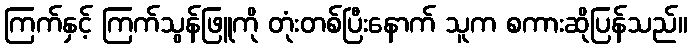
ကြက်နှင့် ကြက်သွန်ဖြူကို တုံးတစ်ပြီးနောက် သူက စကားဆိုပြန်သည်။